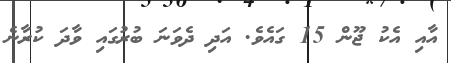
އާއި އެކު ޖޫން 15 ގައެވެ. އަދި ދެވަނަ ބުރުގައި ވާދަ ކުރާނެ